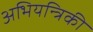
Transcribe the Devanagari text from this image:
अभियन्त्रिकी